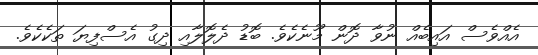
އެއްވެސް އައިބެއް ނުވާ ދޮން މޫނެކެވެ. ބޮޑު ދެލޮލާއި ދިގު އެސްފިޔަ ތަކެކެވެ.